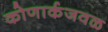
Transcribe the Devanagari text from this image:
कोणार्कजवळ